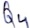
Text: Q4